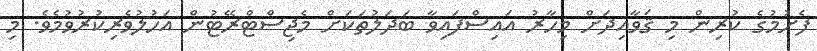
ފެށުމުގެ ކުރިން މި ޤަވާއިދަށް މިހާރު އައިސްފައިވާ ބަދަލުތަކަށް މެޖިސްޓްރޭޓުން އަހުލުވެރިކުރުވުމެވެ. މި